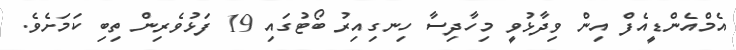
އެމްއެންޑީއެފް އިން ވިދާޅުވީ މިހާދިސާ ހިނގިއިރު ބޯޓުގައި 19 ފަޅުވެރިން ތިބި ކަމަށެވެ.